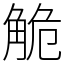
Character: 觤